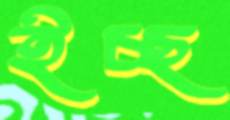
ইচ্ছ